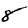
Digit: 8